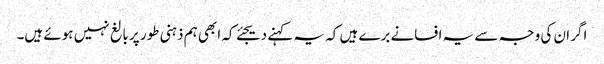
اگر ان کی وجہ سے یہ افسانے برے ہیں کہ یہ کہنے دیجئے کہ ابھی ہم ذہنی طور پر بالغ نہیں ہوئے ہیں۔